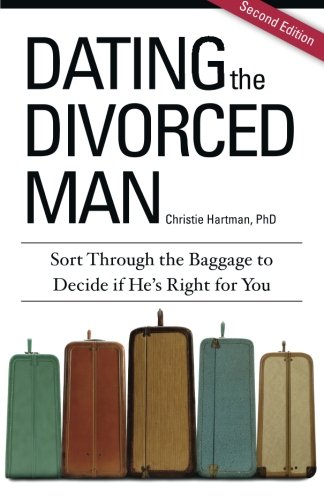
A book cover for Dating the Divorced Man: Sort Through the Baggage to Decide if He's Right for You; Christie Hartman; Self-Help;